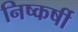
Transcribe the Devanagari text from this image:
निष्कर्षी